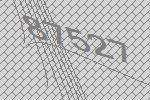
87527